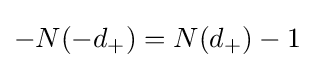
-N(-d_{+})=N(d_{+})-1